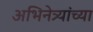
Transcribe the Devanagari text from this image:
अभिनेत्र्यांच्या